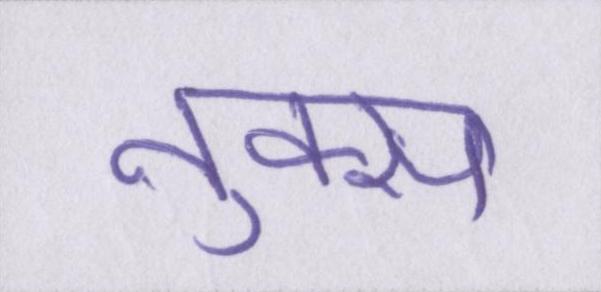
नुक्स